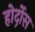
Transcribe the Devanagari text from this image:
होर्द़ोस